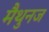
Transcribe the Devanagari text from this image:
मैथुनज